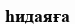
һидаяға